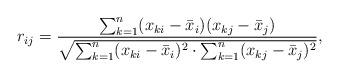
LaTeX: \begin{align*}r_{ij}=\frac{\sum_{k=1}^n(x_{ki}-\bar{x}_i)(x_{kj} - \bar{x}_j)}{\sqrt{\sum_{k=1}^n(x_{ki}-\bar{x}_i)^2\cdot \sum_{k=1}^n(x_{kj}-\bar{x}_j)^2}},\end{align*}